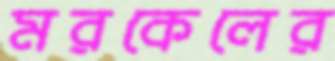
মরকেলের